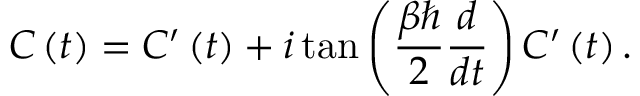
C \left( t \right) = C ^ { \prime } \left( t \right) + i \tan \left( \frac { \beta \hbar } { 2 } \frac { d } { d t } \right) C ^ { \prime } \left( t \right) .